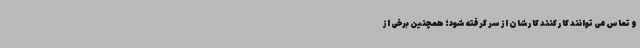
و تماس می توانند کار کنند کارشان از سر گرفته شود؛ همچنین برخی از